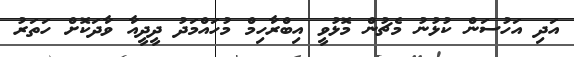
އަދި އަހުސަން ކުޅުނު މެޗުން މޮޅުވީ އިބްރާހިމް މުހައްމަދު ދީދީއާ ވާދަކޮށް ހަތަރު